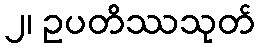
၂၊ ဥပတိဿသုတ်